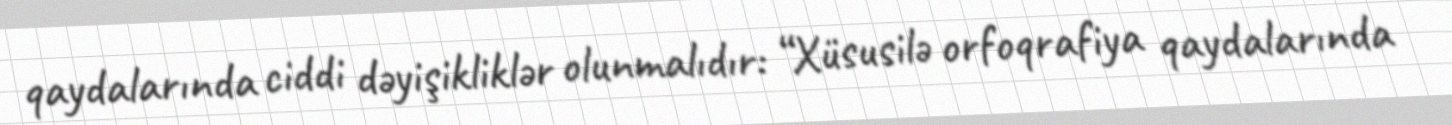
qaydalarında ciddi dəyişikliklər olunmalıdır: “Xüsusilə orfoqrafiya qaydalarında